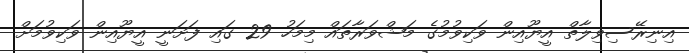
އިނިރޭސިވިލާތް އީޔޫއިން ވަކިވުމުގެ މަޝްވަރާތައް މިމަހު 29 ގައި ފަށަނީ އީޔޫއިން ވަކިވުމަށް